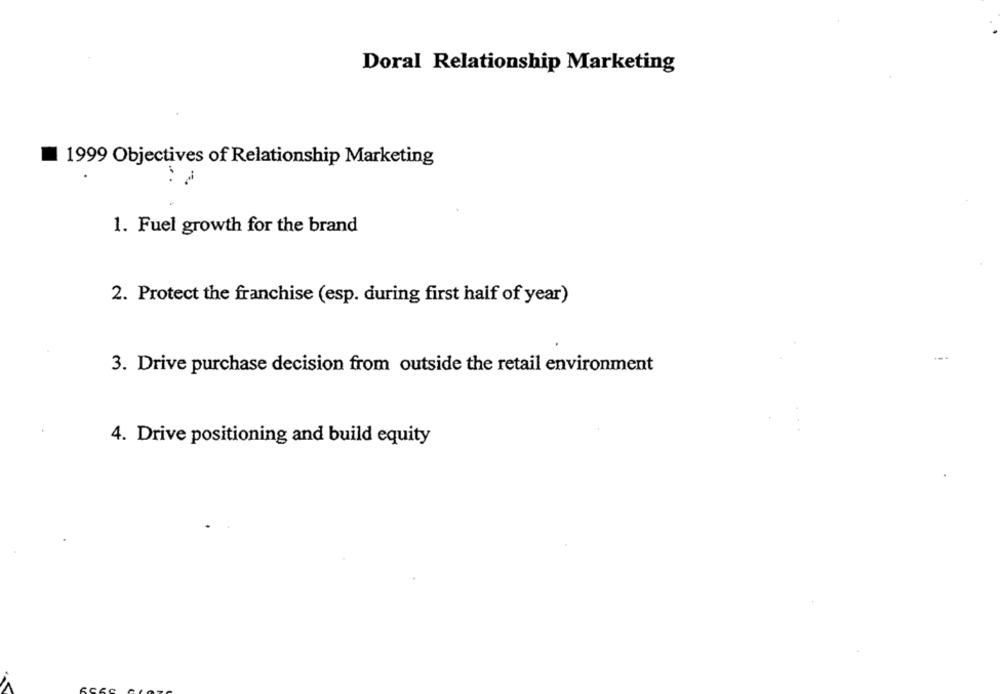
Doral Relationship Marketing
1999 Objectives of Relationship Marketing
..
1. Fuel growth for the brand
2. Protect the franchise (esp. during first half of year)
3. Drive purchase decision from outside the retail environment
4. Drive positioning and build equity